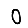
Digit: 0